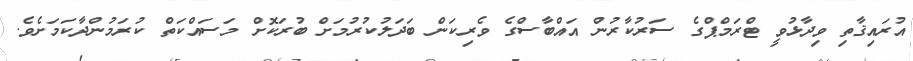
އުރައިޤާތި ވިދާޅުވީ ޓްރަމްޕްގެ ސަރުކާރުން އައްބާސްގެ ވެރިކަން ބަދަލުކުރުމަށް ބުރަކޮށް މަސައްކަތް ކުރަމުންދާކަމަށެވެ.